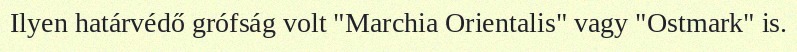
Ilyen határvédő grófság volt "Marchia Orientalis" vagy "Ostmark" is.